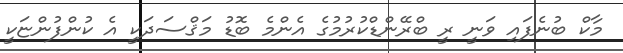
މާކް ބުނެފައި ވަނީ ރީ ބްރޭންޑްކުރުމުގެ އެންމެ ބޮޑު މަޤްސަދަކީ އެ ކުންފުންޏަކީ